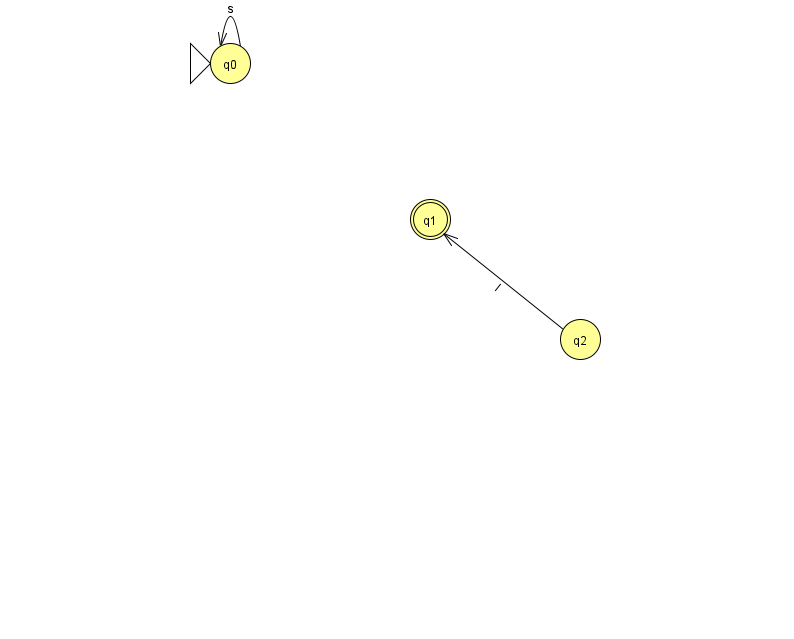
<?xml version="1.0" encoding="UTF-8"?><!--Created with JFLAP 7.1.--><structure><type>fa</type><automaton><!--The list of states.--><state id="0" name="q0"><x>230.0</x><y>50.0</y><initial/></state><state id="1" name="q1"><x>430.0</x><y>206.0</y><final/></state><state id="2" name="q2"><x>580.0</x><y>326.0</y></state><!--The list of transitions.--><transition><from>0</from><to>0</to><read>s</read></transition><transition><from>2</from><to>1</to><read>l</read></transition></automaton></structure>